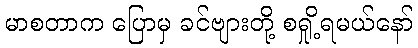
မာစတာက ပြောမှ ခင်ဗျားတို့ စရှို့ရမယ်နော်